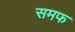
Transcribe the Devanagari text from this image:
समफ